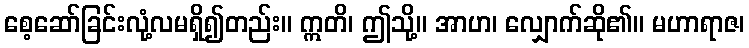
စေ့ဆော်ခြင်းလုံ့လမရှိ၍တည်း။ ဣတိ၊ ဤသို့။ အာဟ၊ လျှောက်ဆို၏။ မဟာရာဇ၊